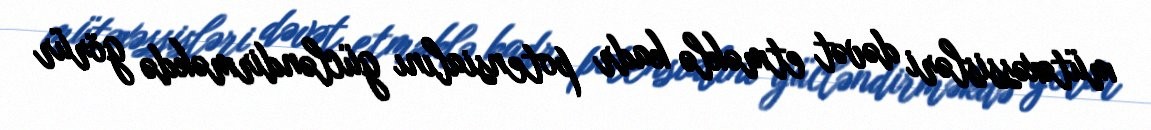
mütəxəssisləri dəvət etməklə kadr potensialını gücləndirməkdə görür